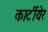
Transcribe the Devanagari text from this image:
कार्टीयेर